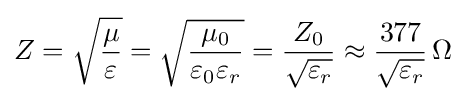
Z={\sqrt {\mu  \over \varepsilon }}={\sqrt {\mu _{0} \over \varepsilon _{0}\varepsilon _{r}}}={Z_{0} \over {\sqrt {\varepsilon _{r}}}}\approx {377 \over {\sqrt {\varepsilon _{r}}}}\,\Omega